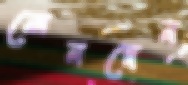
লেনদেন